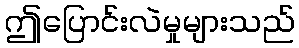
ဤပြောင်းလဲမှုများသည်